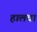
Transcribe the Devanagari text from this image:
हालवा